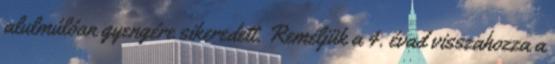
alulmúlóan gyengére sikeredett. Reméljük a 4. évad visszahozza a